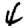
Digit: 4